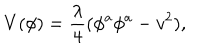
V ( \phi ) = \frac { \lambda } { 4 } ( \phi ^ { a } \phi ^ { a } - v ^ { 2 } ) ,